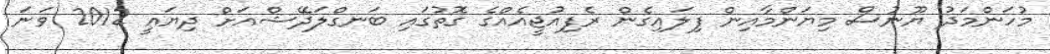
މުހަންމަދު ޔޫނުސް މިޔަންމާއިން ފިލައިގެން ރެފިއުޖީއެއްގެ ގޮތުގައި ބަނގްލަދޭޝްއަށް ދިޔައީ 2012 ވަނަ